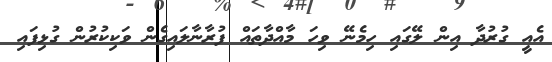
އެއީ ގުރުދާ އިން ލޭގައި ހިމެނޭ ވިހަ މާއްދާތައް ފުރާނާލައިގެން ވަކިކުރުން ގުޅިފައި